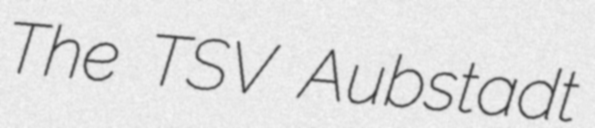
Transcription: The TSV Aubstadt